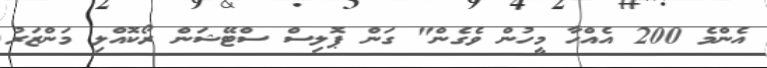
އެންމެ 200 އެއްހާ މީހުން ވެގެން" ގަން ޕޮލިސް ސްޓޭޝަން ރޯކޮއްލި މަންޒަރު